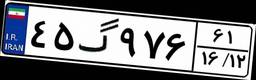
۴۵گ۹۷۶۶۱